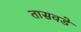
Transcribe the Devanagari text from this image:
तासवडे